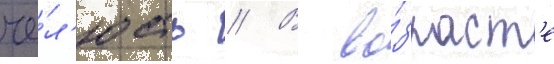
че́л'юсть // В во́зраст'е